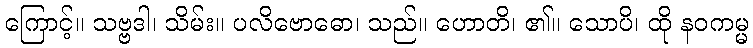
ကြောင့်။ သဗ္ဗဒါ၊ သိမ်း။ ပလိဗောဓော၊ သည်။ ဟောတိ၊ ၏။ သောပိ၊ ထို နဝကမ္မ